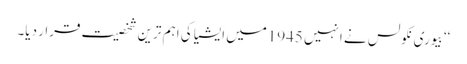
‘‘ بیوری نکولس نے انہیں 1945میں ایشیا کی اہم ترین شخصیت قرار دیا۔